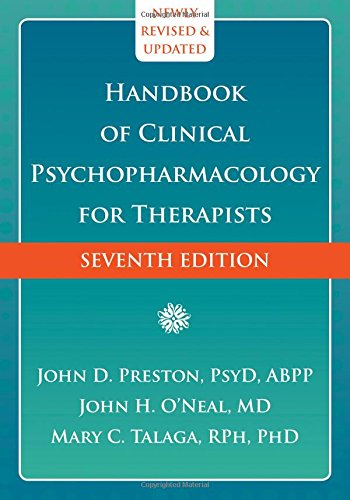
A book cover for Handbook of Clinical Psychopharmacology for Therapists; John D. Preston PsyD  ABPP; Medical Books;